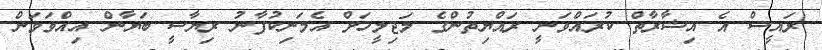
ރައީސް އެ އިޝާރާތް ކުރައްވަނީ ރައްޔިތުންގެ މަޖިލީހަށް އެމަނިކުފާނު ރިޔާސީ ބަޔާން އިއްވަވަން